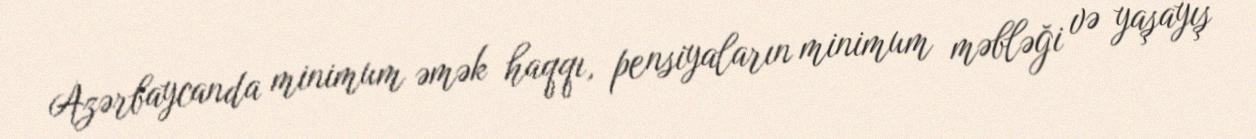
Azərbaycanda minimum əmək haqqı, pensiyaların minimum məbləği və yaşayış